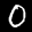
Label: 0